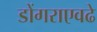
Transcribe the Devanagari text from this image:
डोंगराएवढे